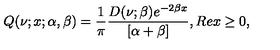
Q ( \nu ; x ; \alpha , \beta ) = \frac { 1 } { \pi } \frac { D ( \nu ; \beta ) e ^ { - 2 \beta x } } { [ \alpha + \beta ] } , R e x \geq 0 ,